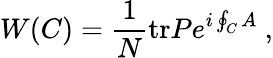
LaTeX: W(C)={\frac{1}{N}}\mathrm{tr}Pe^{i\oint_{C}A}\ ,